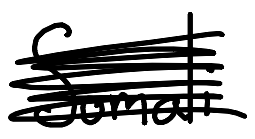
Text: Somali
Cross-out: mix
Writing tool: digital_black